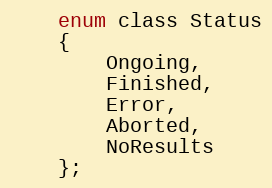
Language: C
    enum class Status
    {
        Ongoing,
        Finished,
        Error,
        Aborted,
        NoResults
    };